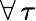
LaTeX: \forall\, \tau